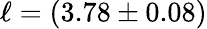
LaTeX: \ell=(3.78\pm 0.08)